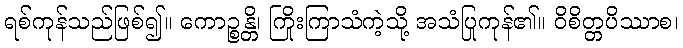
ရစ်ကုန်သည်ဖြစ်၍။ ကောဉ္စန္တိ၊ ကြိုးကြာသံကဲ့သို့ အသံပြုကုန်၏။ ဝိစိတ္တပိဿာစ၊